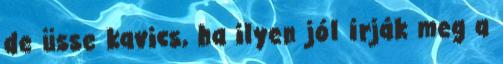
de üsse kavics, ha ilyen jól írják meg a